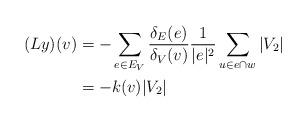
LaTeX: \begin{align*} (Ly)(v)&=-\sum_{e\in E_V}\frac{\delta_E(e)}{\delta_V(v)}\frac{1}{|e|^2}\sum_{u\in e\cap w}|V_2|\\ &=-k(v)|V_2|\end{align*}